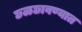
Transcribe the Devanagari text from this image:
छळछावण्यात